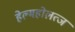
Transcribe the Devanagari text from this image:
हेल्महोलत्ज